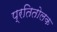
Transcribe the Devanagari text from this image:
प्रतितोलक